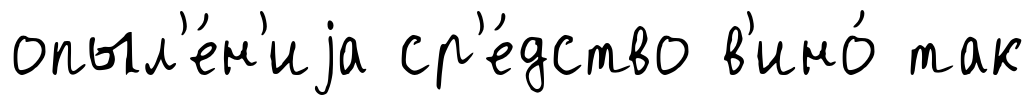
опыл'е́н'иjа ср'е́дство в'ино́ так